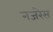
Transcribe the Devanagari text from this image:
नजरेेस